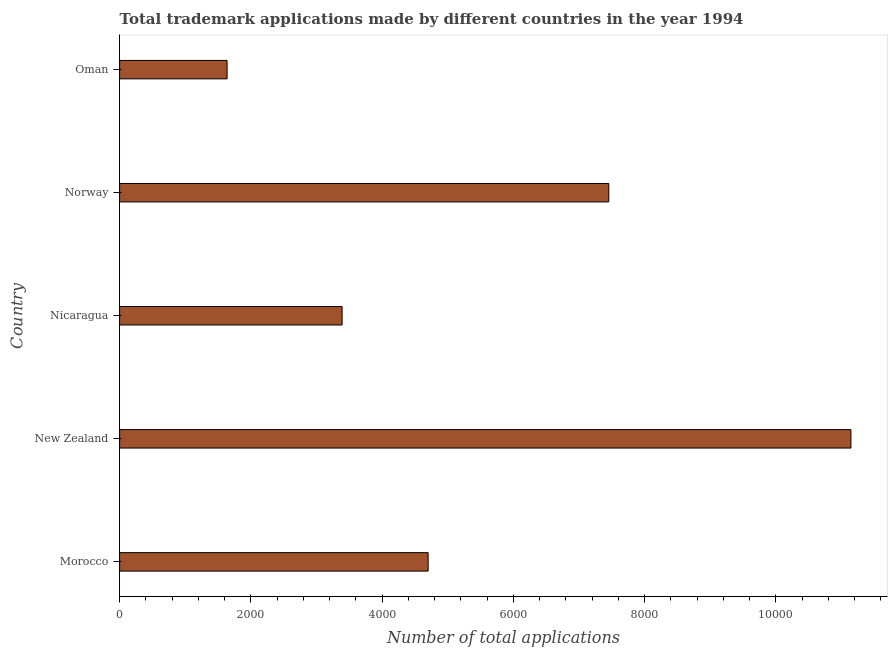
| Country | Trademark applications |
 | --- | --- |
 | Morocco | 4.7e+03 |
 | New Zealand | 1.11e+04 |
 | Nicaragua | 3.39e+03 |
 | Norway | 7.46e+03 |
 | Oman | 1.64e+03 |